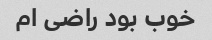
خوب بود راضی ام